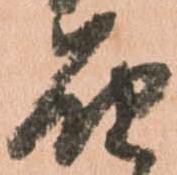
届